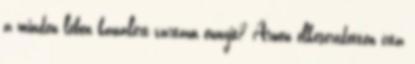
a minden lében kanálért vártam ennyit? Arwen elkeseredetten írta